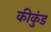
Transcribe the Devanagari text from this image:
कीकुंड